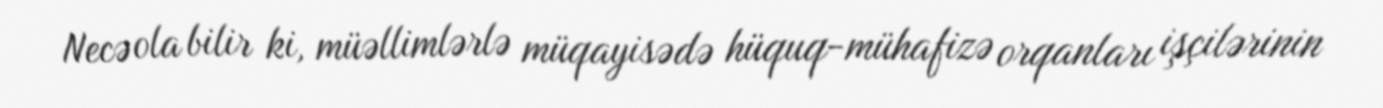
Necə ola bilir ki, müəllimlərlə müqayisədə hüquq-mühafizə orqanları işçilərinin